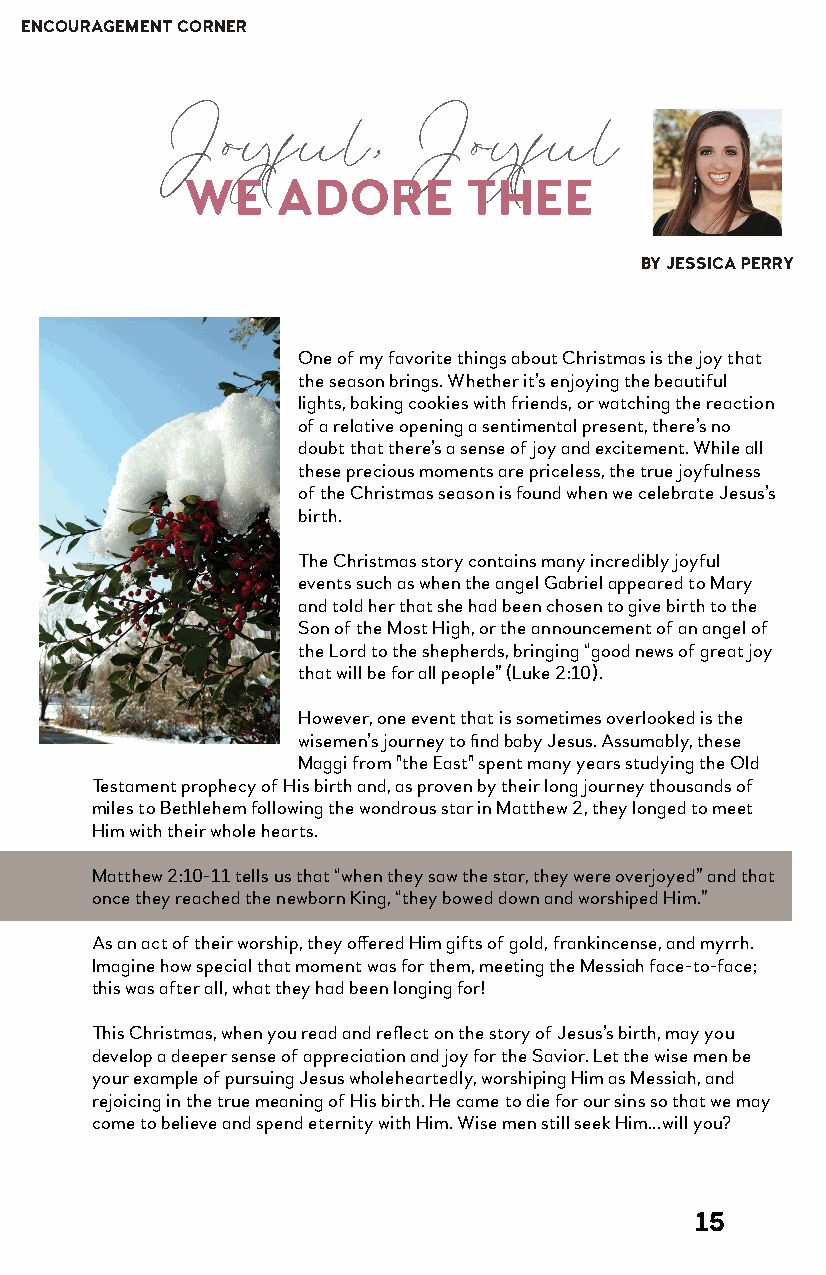
ENCOURAGEMENT CORNER
 Joyful,         Joyful
 WE    ADORE        THEE
 BY JESSICA PERRY
 One of my favorite things about Christmas is the joy that
 the season brings. Whether it’s enjoying the beautiful
 lights, baking cookies with friends, or watching the reaction
 of a relative opening a sentimental present, there’s no
 doubt that there’s a sense of joy and excitement. While all
 these precious moments are priceless, the true joyfulness
 of the Christmas season is found when we celebrate Jesus’s
 birth.
 The Christmas story contains many incredibly joyful
 events such as when the angel Gabriel appeared to Mary
 and told her that she had been chosen to give birth to the
 Son of the Most High, or the announcement of an angel of
 the Lord to the shepherds, bringing “good news of great joy
 that will be for all people” (Luke 2:10).
 However, one event that is sometimes overlooked is the
 wisemen’s journey to find baby Jesus. Assumably, these
 Maggi from "the East" spent many years studying the Old
 Testament prophecy of His birth and, as proven by their long journey thousands of
 miles to Bethlehem following the wondrous star in Matthew 2, they longed to meet
 Him with their whole hearts.
 Matthew 2:10-11 tells us that “when they saw the star, they were overjoyed” and that
 once they reached the newborn King, “they bowed down and worshiped Him.”
 As an act of their worship, they offered Him gifts of gold, frankincense, and myrrh.
 Imagine how special that moment was for them, meeting the Messiah face-to-face;
 this was after all, what they had been longing for!
 This Christmas, when you read and reflect on the story of Jesus’s birth, may you
 develop a deeper sense of appreciation and joy for the Savior. Let the wise men be
 your example of pursuing Jesus wholeheartedly, worshiping Him as Messiah, and
 rejoicing in the true meaning of His birth. He came to die for our sins so that we may
 come to believe and spend eternity with Him. Wise men still seek Him…will you?
 15